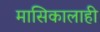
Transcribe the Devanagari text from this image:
मासिकालाही